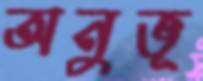
অনুভূ